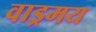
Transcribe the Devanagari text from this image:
वाड्रमय